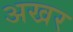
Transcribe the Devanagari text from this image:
अखर